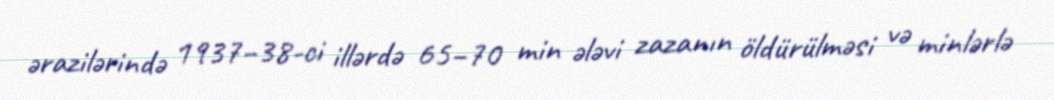
ərazilərində 1937–38-ci illərdə 65–70 min ələvi zazanın öldürülməsi və minlərlə